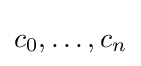
c_{0},\ldots ,c_{n}